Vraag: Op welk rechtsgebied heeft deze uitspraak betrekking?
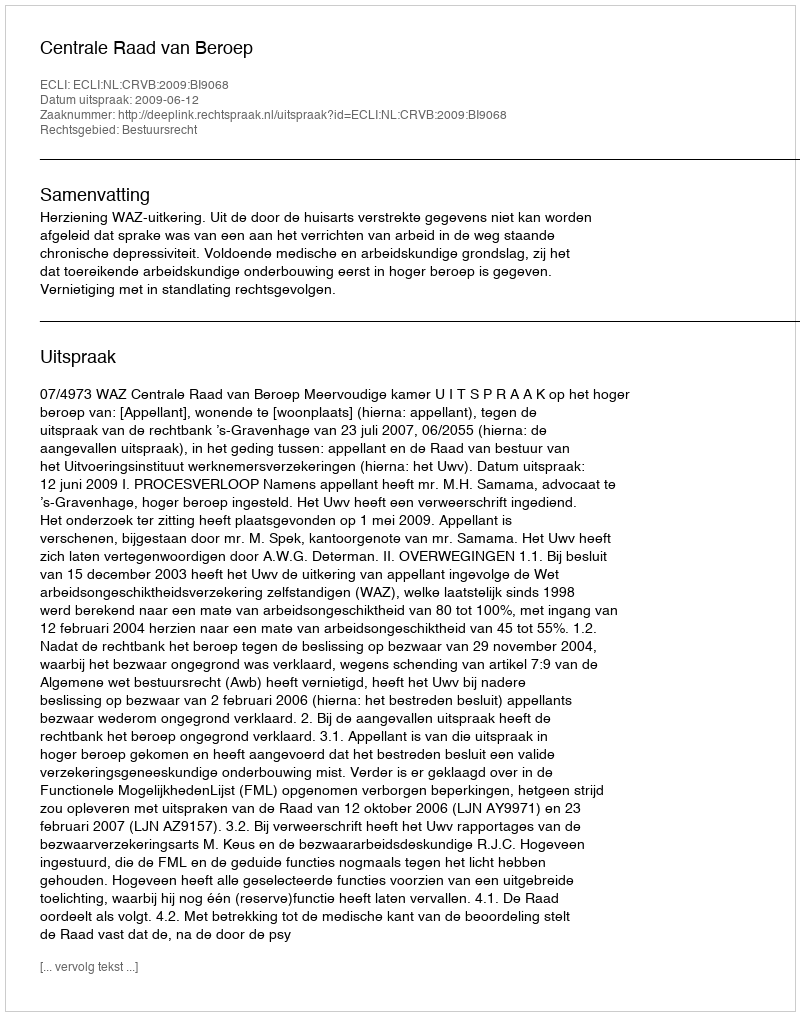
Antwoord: Bestuursrecht